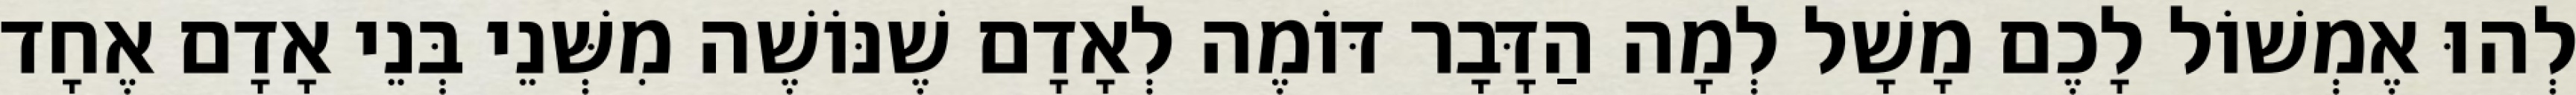
לְהוּ אֶמְשׁוֹל לָכֶם מָשָׁל לְמָה הַדָּבָר דּוֹמֶה לְאָדָם שֶׁנּוֹשֶׁה מִשְּׁנֵי בְּנֵי אָדָם אֶחָד